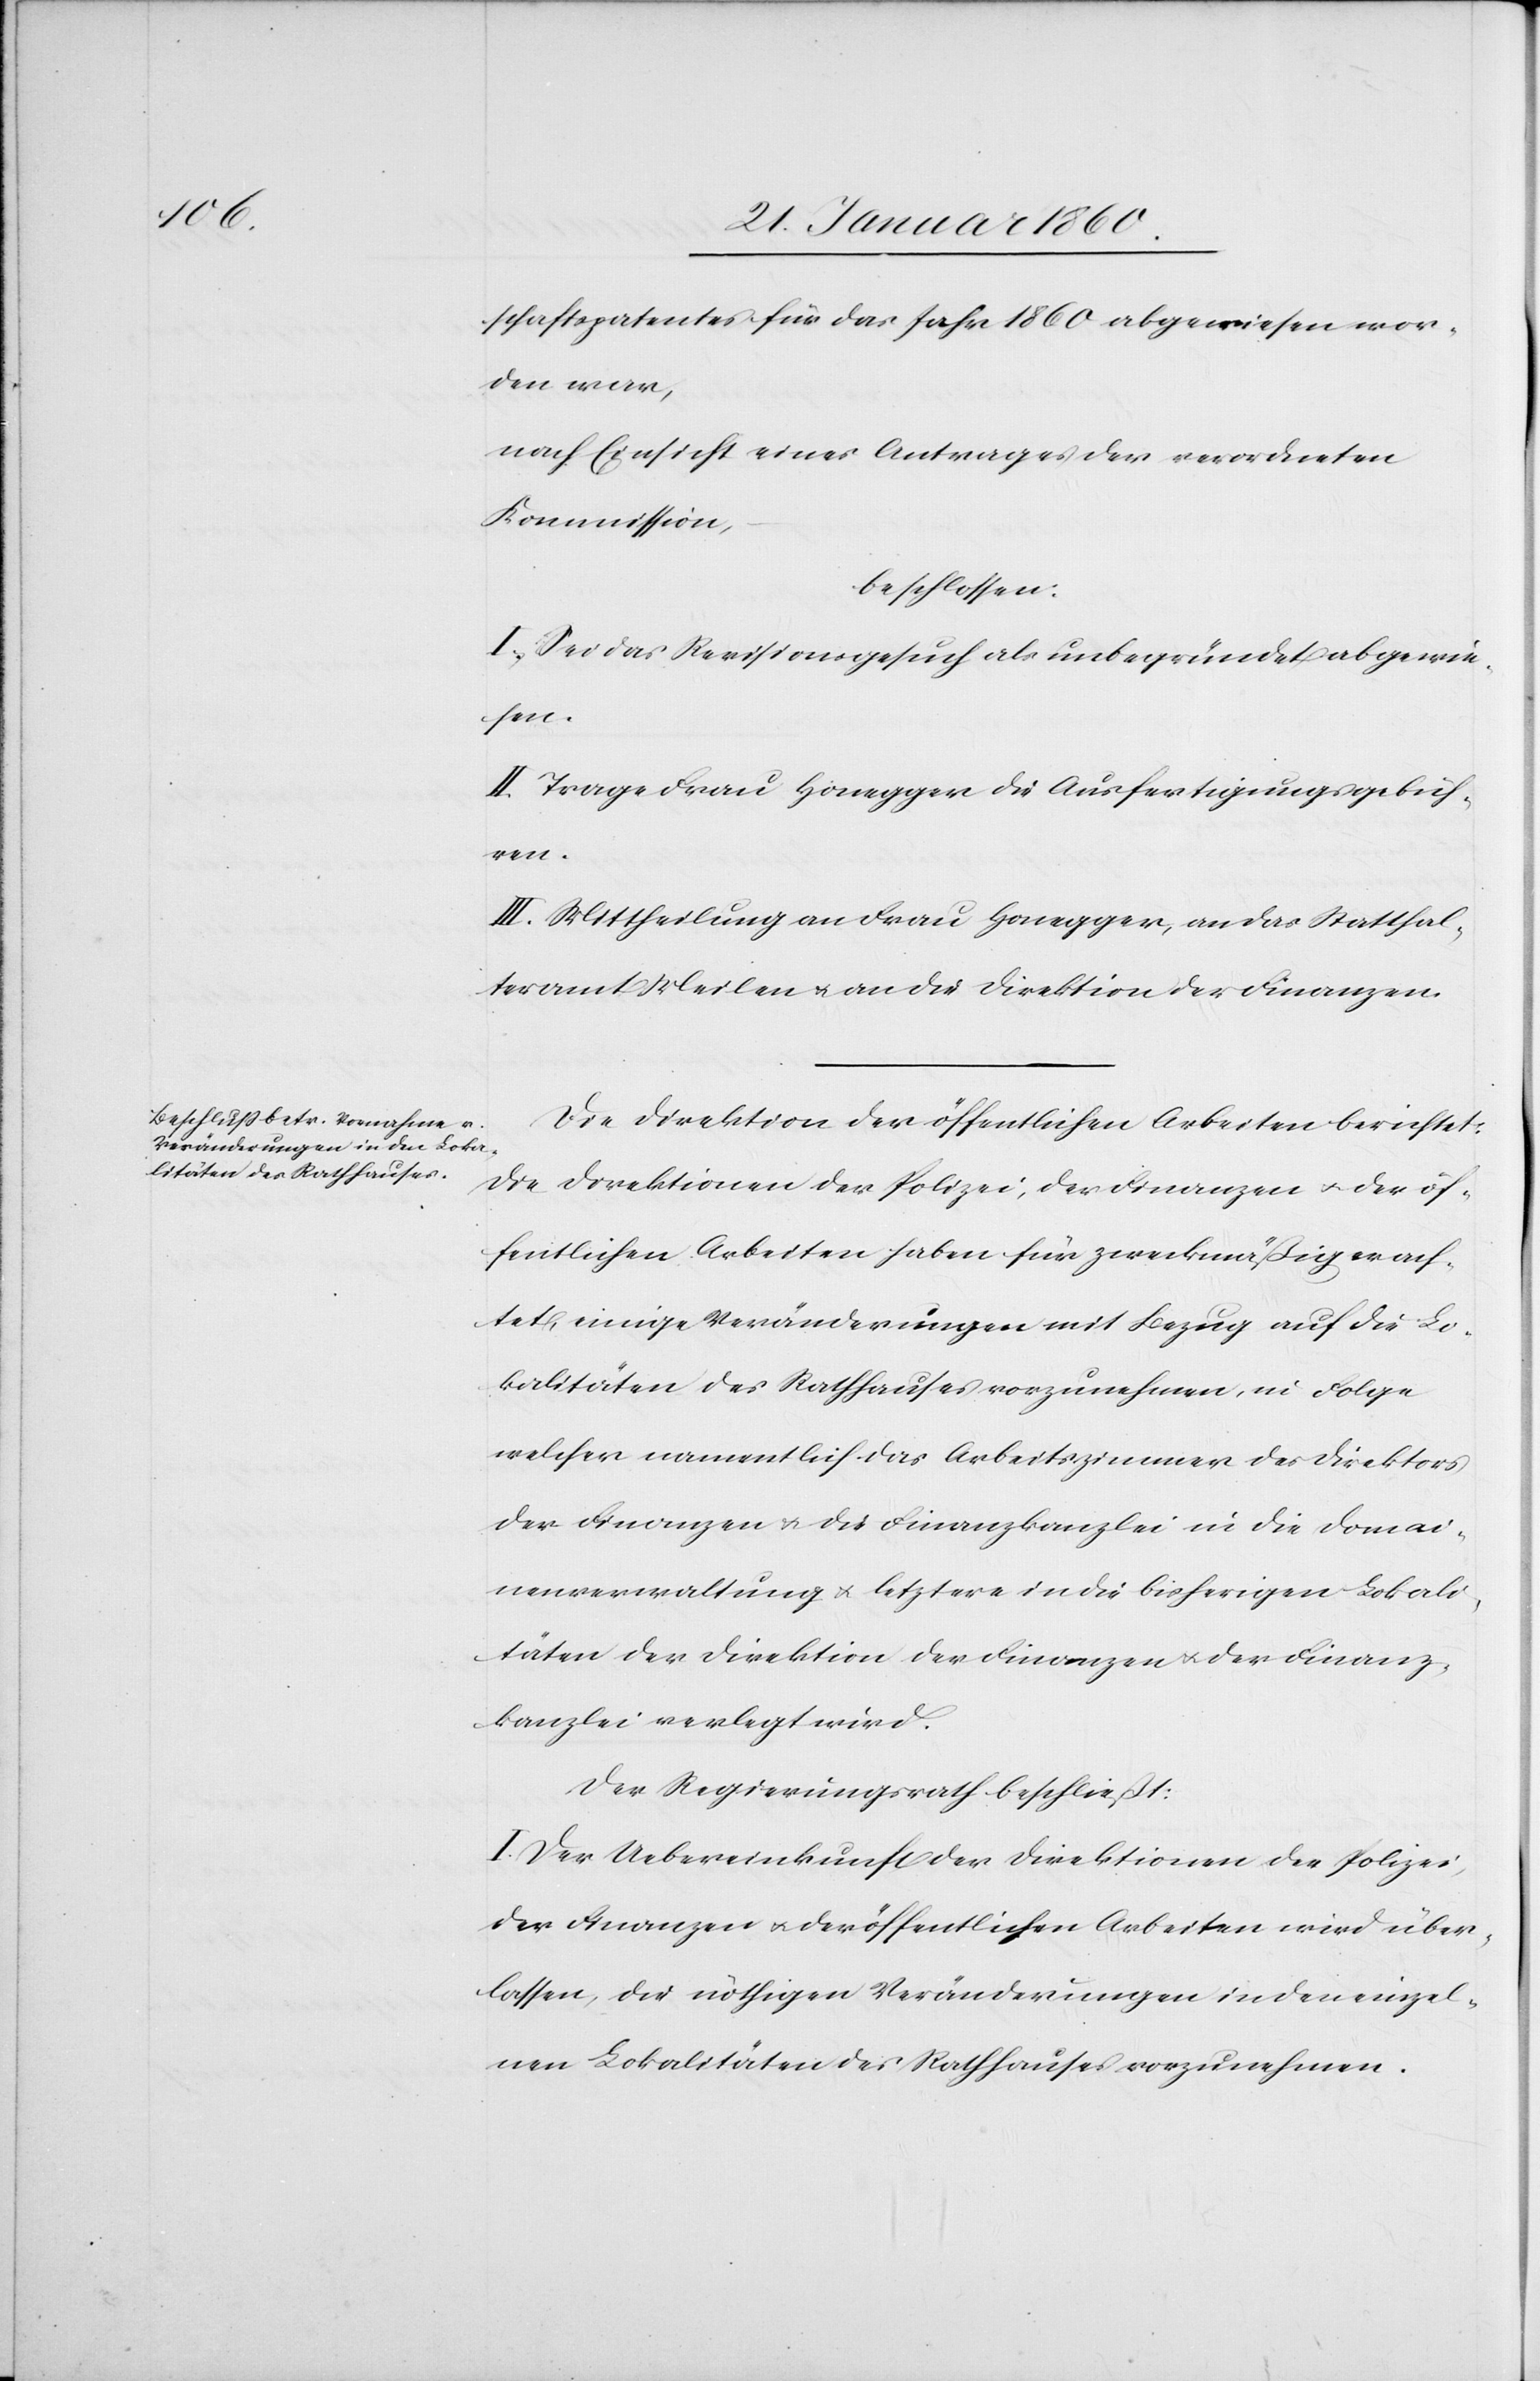
schaftspatentes für das Jahr 1860 abgewiesen wor¬
den war,
nach Einsicht eines Antrages der verordneten
Kommission,
beschlossen:
I. Sei das Revisionsgesuch als unbegründet abgewie¬
sen.
II. Trage Frau Honegger die Ausfertigungsgebüh¬
ren.
III. Mittheilung an Frau Honegger, an das Statthal¬
teramt Meilen u. an die Direktion der Finanzen.
Die Direktion der öffentlichen Arbeiten berichtet:
Die Direktion der Polizei, der Finanzen u. der öf¬
fentlichen Arbeiten haben für zweckmäßig erach¬
tet, einige Veränderungen mit Bezug auf die Lo¬
kalitäten des Rathhauses vorzunehmen, in Folge
welcher namentlich das Arbeitszimmer des Direktors
der Finanzen u. die Finanzkanzlei in die Domai¬
nenverwaltung u. letztere in die bisherigen Lokali¬
täten der Direktion der Finanzen u. der Finanz¬
kanzlei verlegt wird.
der Regierungsrath beschließt:
I. Der Uebereinkunft der Direktionen der Polizei,
der Finanzen u. der öffentlichen Arbeiten wird über¬
lassen, die nöthigen Veränderungen in den einzel¬
nen Lokalitäten des Rathhauses vorzunehmen.